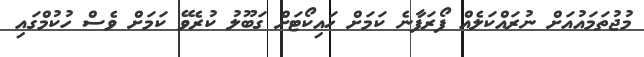
މުޖުތަމައުއަށް ނުރައްކަލެއް ފޯރަފާނެ ކަމަށް ހައިކޯޓަށް ގަބޫލު ކުރެވޭ ކަމަށް ވެސް ހުކުމްގައި